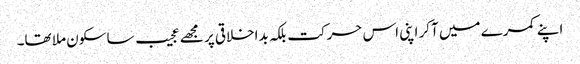
اپنے کمرے میں آکر اپنی اس حرکت بلکہ بداخلاقی پر مجھے عجیب سا سکون ملا تھا۔